Leaving Certificate Examination, 1915
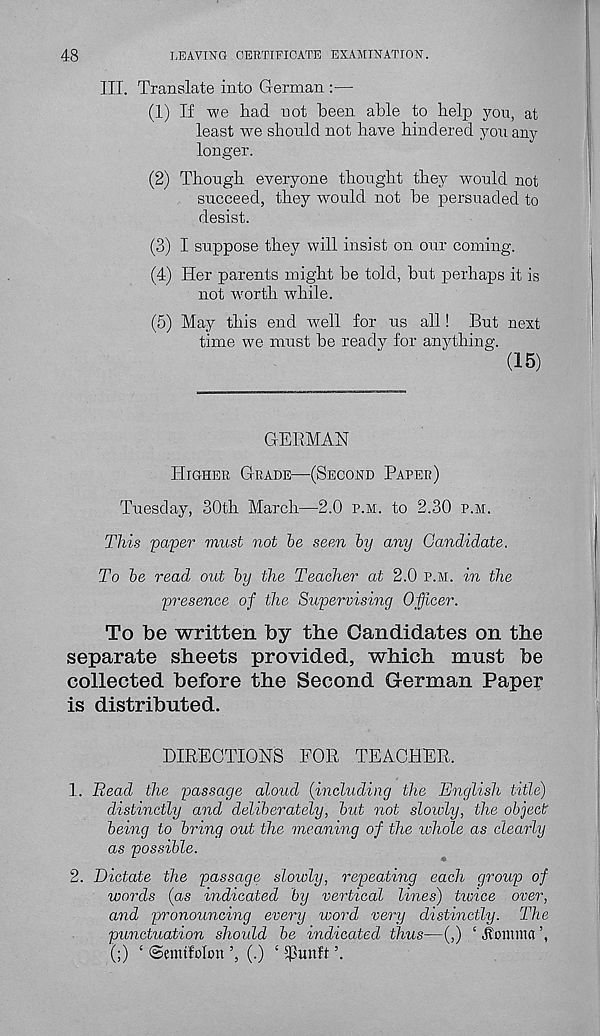
48
LEAVING CERTIFICATE EXAMINATION.
III. Translate into German :—
(1) If we had not been able to help you, at
least we should not have hindered you any
longer.
(2) Though everyone thought they would not
succeed, they would not be persuaded to
desist.
(3) I suppose they will insist on our coming.
(4) Her parents might be told, but perhaps it is
not worth while.
(5) May this end w r ell for us all! But next
time we must be ready for anything.
(15)
GERMAN
Higher Grade—(Second Paper)
Tuesday, 30th March—2.0 p.m. to 2.30 p.m.
This 'paper must not he seen hy any Candidate.
To he read out hy the Teacher at 2.0 p.m. in the
presence of the Supervising Officer.
To be written by the Candidates on the
separate sheets provided, which must be
collected before the Second German Paper
is distributed.
DIRECTIONS FOR TEACHER.
1. Head the passage aloud (including the English title)
distinctly and deliberately, hut not slowly, the object
being to bring out the meaning of the whole as clearly
as possible.
2. Dictate the passage slowly, repeating each group of
words (as indicated by vertical lines) twice over,
and pronouncing every word very distinctly. The
punctuation should he indicated thus—(,) ‘ jtotltnia
(;) ‘ ©emtfolon ’, (.) ‘ $unft ’.